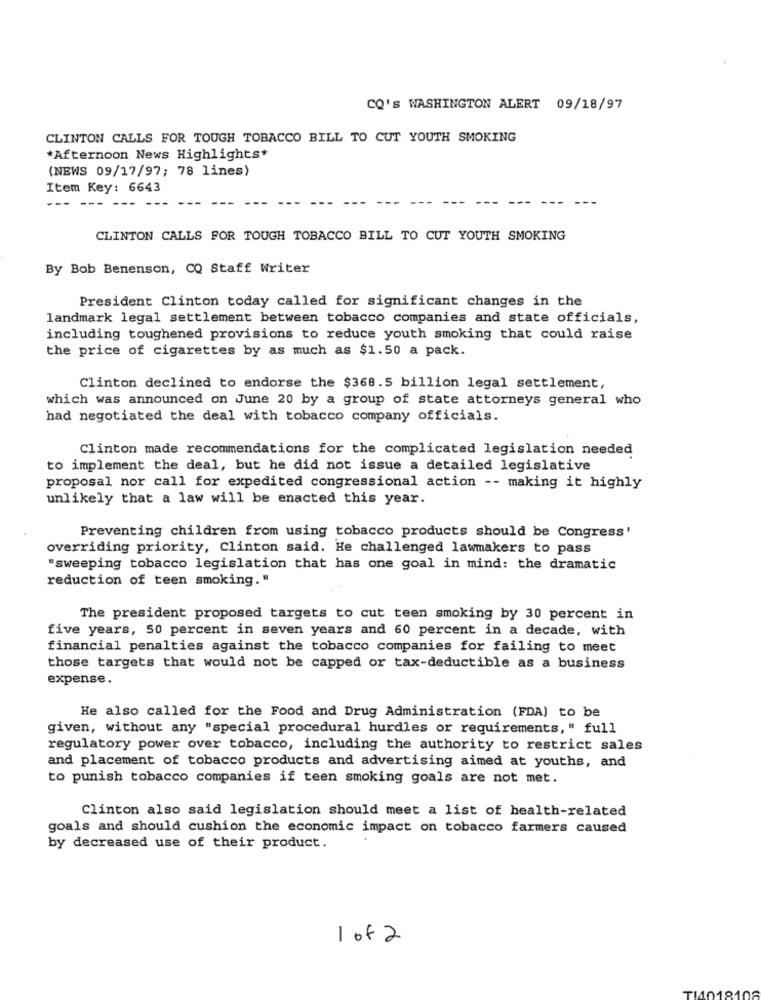
CQ'S WASHINGTON ALERT 09/18/97
CLINTON CALLS FOR TOUGH TOBACCO BILL TO CUT YOUTH SMOKING
*Afternoon News Highlights+
(NEWS 09/17/97; 78 lines)
Item Key: 6643
CLINTON CALLS FOR TOUGH TOBACCO BILL TO CUT YOUTH SMOKING
By Bob Benenson, CO Staff Writer
President Clinton today called for significant changes in the
landmark legal settlement between tobacco companies and state officials,
including toughened provisions to reduce youth smoking that could raise
the price of cigarettes by as much as $1.50 a pack.
Clinton declined to endorse the $368.5 billion legal settlement,
which was announced on June 20 by a group of state attorneys general who
had negotiated the deal with tobacco company officials.
Clinton made recommendations for the complicated legislation needed
to implement the deal, but he did not issue a detailed legislative
proposal nor call for expedited congressional action -- making it highly
unlikely that a law will be enacted this year.
Preventing children from using tobacco products should be Congress'
overriding priority, Clinton said. He challenged lawmakers to pass
"sweeping tobacco legislation that has one goal in mind: the dramatic
reduction of teen smoking."
The president proposed targets to cut teen smoking by 30 percent in
five years, 50 percent in seven years and 60 percent in a decade, with
financial penalties against the tobacco companies for failing to meet
those targets that would not be capped or tax-deductible as a business
expense.
He also called for the Food and Drug Administration (FDA) to be
given, without any "special procedural hurdles or requirements, " full
regulatory power over tobacco, including the authority to restrict sales
and placement of tobacco products and advertising aimed at youths, and
to punish tobacco companies if teen smoking goals are not met.
Clinton also said legislation should meet a list of health-related
goals and should cushion the economic impact on tobacco farmers caused
by decreased use of their product.
1 of 2